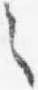
之